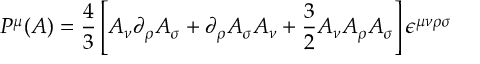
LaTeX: P ^ { \mu } ( { \cal A } ) = \frac { 4 } { 3 } \left[ { \cal A } _ { \nu } \partial _ { \rho } { \cal A } _ { \sigma } + \partial _ { \rho } { \cal A } _ { \sigma } { \cal A } _ { \nu } + \frac { 3 } { 2 } { \cal A } _ { \nu } { \cal A } _ { \rho } { \cal A } _ { \sigma } \right] \epsilon ^ { \mu \nu \rho \sigma }